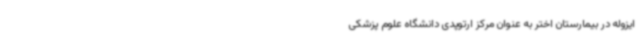
ایزوله در بیمارستان اختر به عنوان مرکز ارتوپدی دانشگاه علوم پزشکی